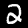
Digit: 2